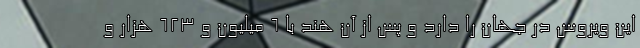
این ویروس در جهان را دارد و پس از آن هند با ۶ میلیون و ۶۲۳ هزار و